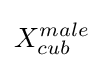
X_{cub}^{male}